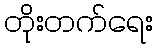
တိုးတက်ရေး